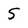
Character: 5